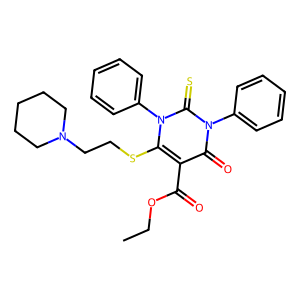
SMILES: CCOC(=O)c1c(SCCN2CCCCC2)n(-c2ccccc2)c(=S)n(-c2ccccc2)c1=O
Inhibits HIV replication: No